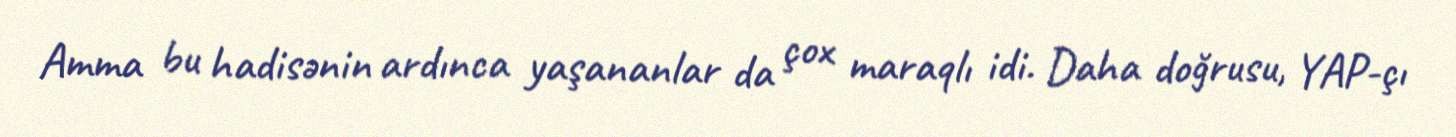
Amma bu hadisənin ardınca yaşananlar da çox maraqlı idi. Daha doğrusu, YAP-çı